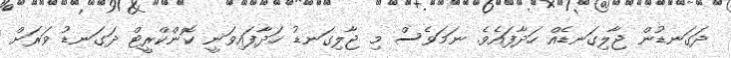
ދަގަނޑުން ޖާލިގަނޑެއް ހަދާފައެވެ. ނަމަވެސް މި ޖާލިގަނޑު ހަދާފައިވަނީ ކޮންކްރީޓް ދަގަނޑު ވަރަށް